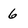
Character: 6